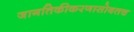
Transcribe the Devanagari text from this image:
जागतिकीकरणासोबतच